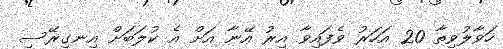
ހަވާލުވިތާ 20 އަހަރު ވެފައިވާ އިރު އޭނާ އަށް އެ ކުލަބަށް އިނގިރޭސި